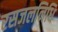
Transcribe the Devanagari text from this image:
रसजलनिधि